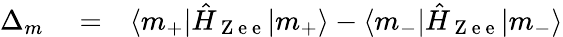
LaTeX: \begin{array}{rlr}{\Delta_{m}}&{{}=}&{\langle m_{+}|\hat{H}_{\mathrm{~Z~e~e~}}|m_{+}\rangle-\langle m_{-}|\hat{H}_{\mathrm{~Z~e~e~}}|m_{-}\rangle}\end{array}